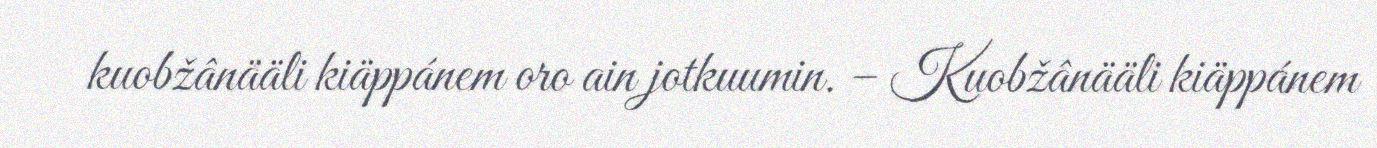
kuobžânääli kiäppánem oro ain jotkuumin. – Kuobžânääli kiäppánem